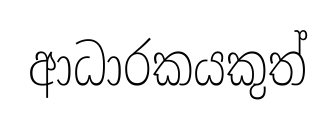
ආධාරකයකුත්